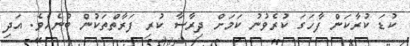
ކުޑަ ކުރާކަން ފާހަގަ ކުރެވުނު ކަމަށް ދިރާސާ ކުރި ފަރާތްތަކުން ބުނެއެވެ. އަދި